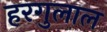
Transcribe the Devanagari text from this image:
हरगुलाल